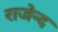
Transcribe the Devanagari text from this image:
राजेन्द